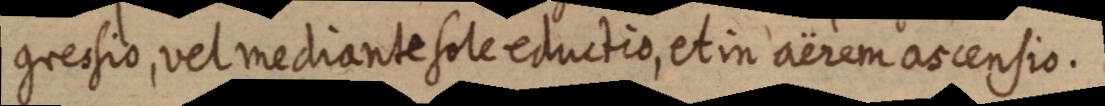
gressio, vel mediante sole eductio, et in aërem ascensio.